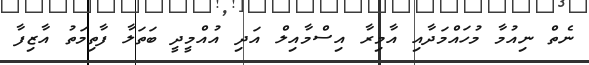
ނެތް ނިއުމާ މުހައްމަދާއި އާމިރާ އިސްމާއިލް އަދި އުއްމީދީ ބަތަލާ ފާތިމަތު އާޒިފާ